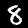
Label: 8